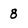
Character: 8